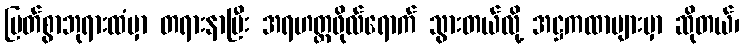
မြတ်စွာဘုရားထံမှာ တရားနာပြီး အရဟတ္တဖိုလ်ရောက် သွားတယ်လို့ အဋ္ဌကထာများမှာ ဆိုတယ်၊